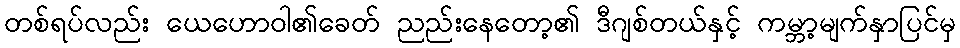
တစ်ရပ်လည်း ယေဟောဝါ၏ခေတ် ညည်းနေတော့၏ ဒီဂျစ်တယ်နှင့် ကမ္ဘာ့မျက်နှာပြင်မှ